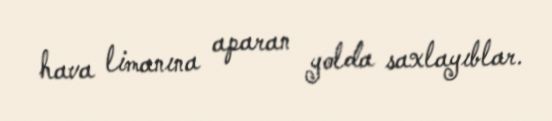
hava limanına aparan yolda saxlayıblar.